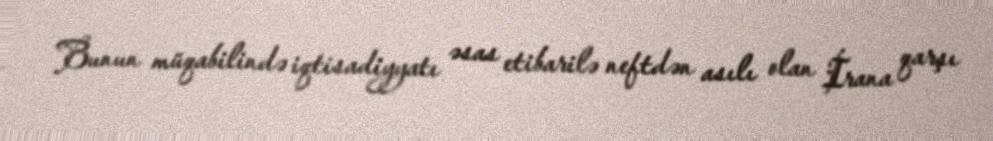
Bunun müqabilində iqtisadiyyatı əsas etibarilə neftdən asılı olan İrana qarşı